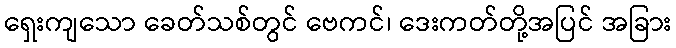
ရှေးကျသော ခေတ်သစ်တွင် ဗေကင်၊ ဒေးကတ်တို့အပြင် အခြား